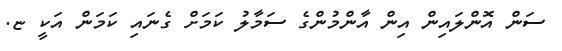
ސަން އޮންލައިން އިން އާންމުންގެ ސަމާލު ކަމަށް ގެނައި ކަމަން އަކީ ޏ.